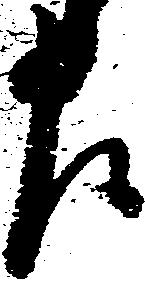
左